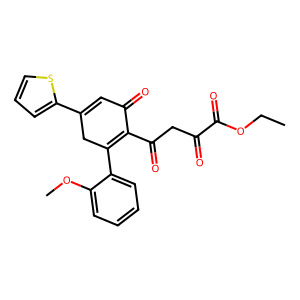
SMILES: CCOC(=O)C(=O)CC(=O)C1=C(c2ccccc2OC)CC(c2cccs2)=CC1=O
Inhibits HIV replication: No